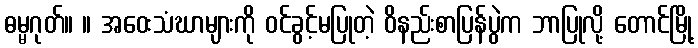
ဓမ္မဂုတ်။ ။ အဝေးသံဃာများကို ဝင်ခွင့်မပြုတဲ့ ဝိနည်းစာပြန်ပွဲက ဘာပြုလို့ တောင်မြို့